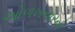
ઓળખનારનો